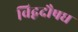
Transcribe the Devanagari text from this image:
विद्वदौषध